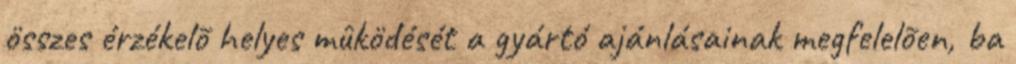
összes érzékelõ helyes mûködését a gyártó ajánlásainak megfelelõen, ba